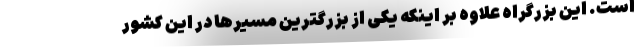
است. این بزرگراه علاوه بر اینکه یکی از بزرگترین مسیرها در این کشور